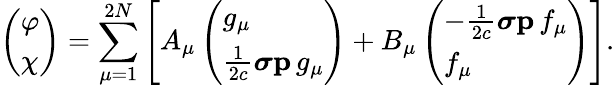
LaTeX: \left(\begin{array}{l}{\varphi}\\ {\chi}\end{array}\right)=\sum_{\mu=1}^{2N}\left[A_{\mu}\left(\begin{array}{l}{g_{\mu}}\\ {\frac{1}{2c}\boldsymbol{\sigma}\mathbf{p}\, g_{\mu}}\end{array}\right)+B_{\mu}\left(\begin{array}{l}{-\frac{1}{2c}\boldsymbol{\sigma}\mathbf{p}\, f_{\mu}}\\ {f_{\mu}}\end{array}\right)\right].